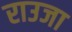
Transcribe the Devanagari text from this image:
राउजा